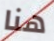
هنا